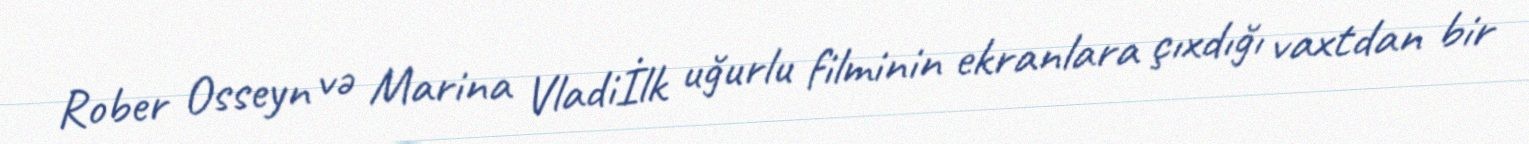
Rober Osseyn və Marina Vladiİlk uğurlu filminin ekranlara çıxdığı vaxtdan bir